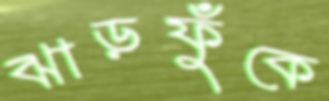
ঝাড়ফুঁকে